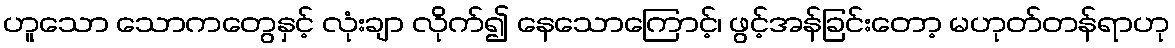
ဟူသော သောကတွေနှင့် လုံးချာ လိုက်၍ နေသောကြောင့်၊ ဖွင့်အန်ခြင်းတော့ မဟုတ်တန်ရာဟု